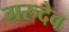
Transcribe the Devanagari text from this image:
गरुदेव